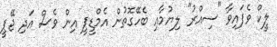
ލީކް ވެފައިވާ "ސިއްރު" ލިޔުމާއި ބެހޭގޮތުން އެމްޑީޕީ އިން ވެސް އަދި ޖޭޕީ